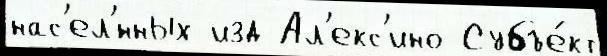
нас'ел'́нных изд Ал'екс'ино Субъе́кт